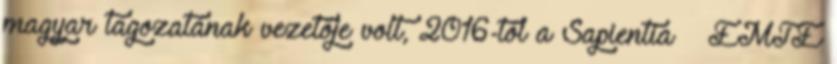
magyar tagozatának vezetője volt, 2016-tól a Sapientia – EMTE